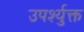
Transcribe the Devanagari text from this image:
उपर्श्युक्त